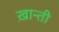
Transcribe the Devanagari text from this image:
ख़ान्ती